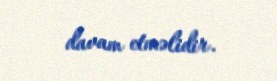
davam etməlidir.